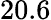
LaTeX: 20.6